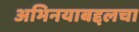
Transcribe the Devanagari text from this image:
अभिनयाबद्दलचा